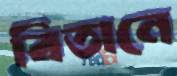
বিতানে